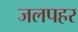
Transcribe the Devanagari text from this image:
जलपहर